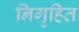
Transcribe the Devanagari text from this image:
निगृहित